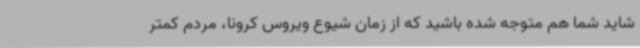
شاید شما هم متوجه شده باشید که از زمان شیوع ویروس کرونا، مردم کمتر